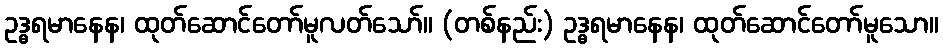
ဥဒ္ဓရမာနေန၊ ထုတ်ဆောင်တော်မူလတ်သော်။ (တစ်နည်း) ဥဒ္ဓရမာနေန၊ ထုတ်ဆောင်တော်မူသော။